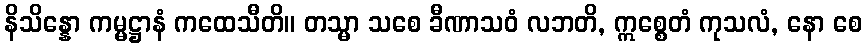
နိသိန္နော ကမ္မဋ္ဌာနံ ကထေသီတိ။ တသ္မာ သစေ ခီဏာသဝံ လဘတိ, ဣစ္စေတံ ကုသလံ, နော စေ